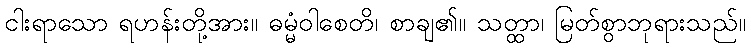
ငါးရာသော ရဟန်းတို့အား။ ဓမ္မံဝါစေတိ၊ စာချ၏။ သတ္ထာ၊ မြတ်စွာဘုရားသည်။